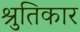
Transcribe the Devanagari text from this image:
श्रुतिकार